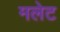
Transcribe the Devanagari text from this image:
मलेट